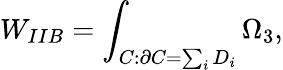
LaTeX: W_{IIB}=\int_{C:\partial C=\sum_{i}D_{i}}\Omega_{3},